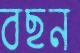
বছন